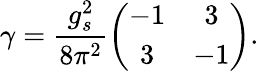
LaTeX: \gamma=\frac{g_{s}^{2}}{8\pi^{2}}\left(\begin{array}{cc}{{-1}}&{{3}}\\ {{3}}&{{-1}}\end{array}\right).